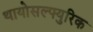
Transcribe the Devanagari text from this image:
थायोसल्फ्युरिक